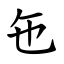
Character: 㐌